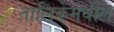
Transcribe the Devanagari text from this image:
तालिकेमधील